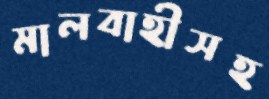
মালবাহীসহ